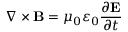
\nabla \times \mathbf { B } = \mu _ { 0 } \varepsilon _ { 0 } { \frac { \partial \mathbf { E } } { \partial t } }